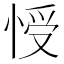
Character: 㥅